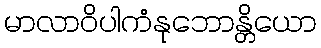
မာလာဝိပါကံနုဘောန္တိယော